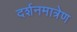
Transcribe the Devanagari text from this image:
दर्शनमात्रेण